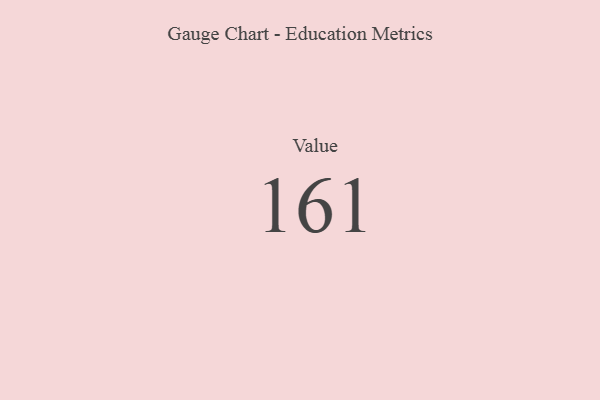
{"axis": {"x": "Metric", "y": "Value"}, "legend": [""], "data": [{"x": "Value", "y": 161, "type": ""}]}